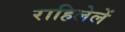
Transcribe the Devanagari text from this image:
राहिलेलें